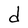
Character: d